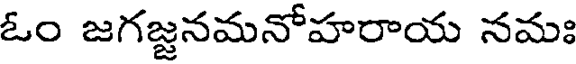
ఓం జగజ్జనమనోహరాయ నమః